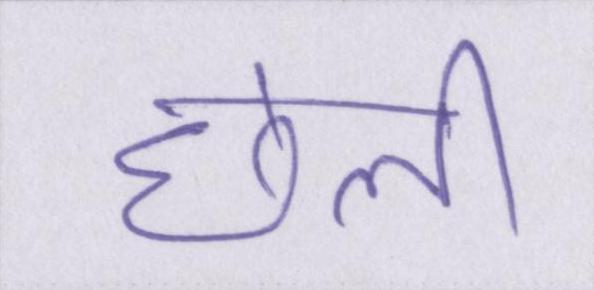
छली